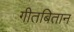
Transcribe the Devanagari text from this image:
गीतबितान